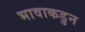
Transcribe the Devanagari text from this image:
भावाकडुन